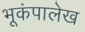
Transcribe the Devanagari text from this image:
भूकंपालेख